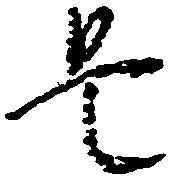
是